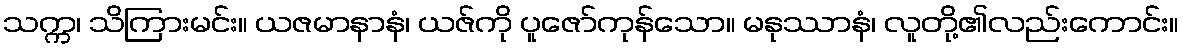
သက္က၊ သိကြားမင်း။ ယဇမာနာနံ၊ ယဇ်ကို ပူဇော်ကုန်သော။ မနုဿာနံ၊ လူတို့၏လည်းကောင်း။